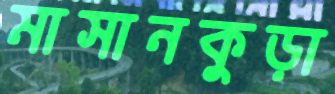
মাসানকুড়া